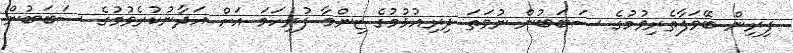
ފިރިން ބޭވަފާތެރިވުމުގެ ސަބަބުން ނުވަތަ ދިރިއުޅުމުގެ ޒިންމާ ފުރިހަމަ އަށް އަދާނުކުރެވުމުގެ ސަބަބުން